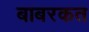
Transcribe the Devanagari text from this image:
बाबरकत